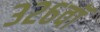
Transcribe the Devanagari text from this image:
३२६वॉ